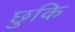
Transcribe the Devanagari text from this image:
छुकि